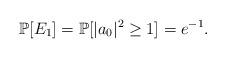
LaTeX: \begin{align*}\mathbb P[E_1]=\mathbb P[|a_0|^2\geq 1]=e^{-1}.\end{align*}